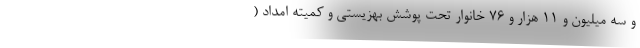
و سه میلیون و ۱۱ هزار و ۷۶ خانوار تحت پوشش بهزیستی و کمیته امداد (